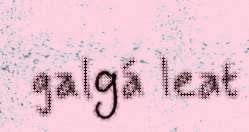
galgá leat